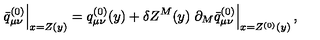
\left. \bar { q } _ { \mu \nu } ^ { ( 0 ) } \right| _ { x = Z ( y ) } = q _ { \mu \nu } ^ { ( 0 ) } ( y ) + \delta Z ^ { M } ( y ) \left. \partial _ { M } \bar { q } _ { \mu \nu } ^ { ( 0 ) } \right| _ { x = Z ^ { ( 0 ) } ( y ) } ,